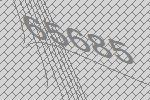
65685